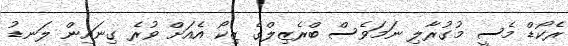
ރެކޯޑް މެސީ މުގުރާލި ނަމަވެސް ބްރެޒިލްގެ ޒިކޯ އެއަށް ވުރެ ގިނައިން ލަނޑު